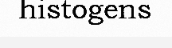
histogens